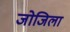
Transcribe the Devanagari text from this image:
जोजिला